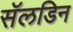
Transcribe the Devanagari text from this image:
सॅलडिन